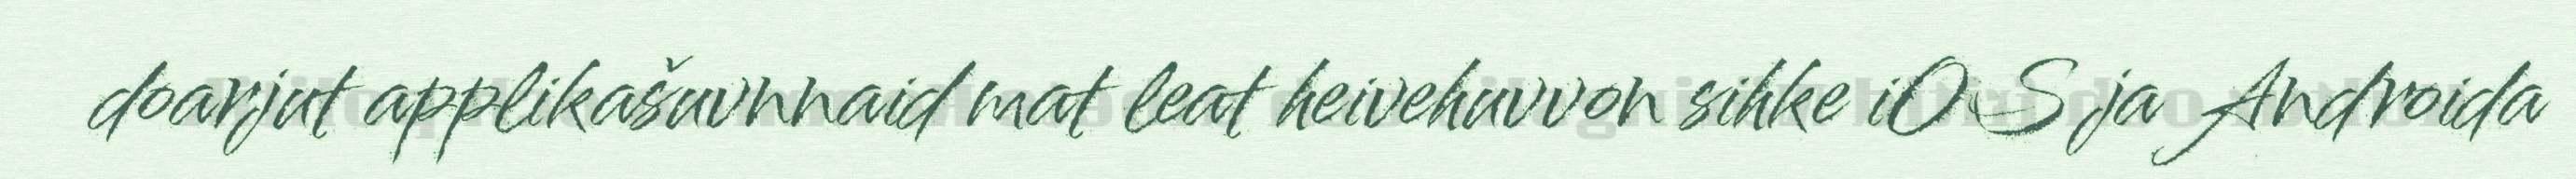
doarjut applikašuvnnaid mat leat heivehuvvon sihke iOS ja Androida